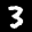
Label: 3